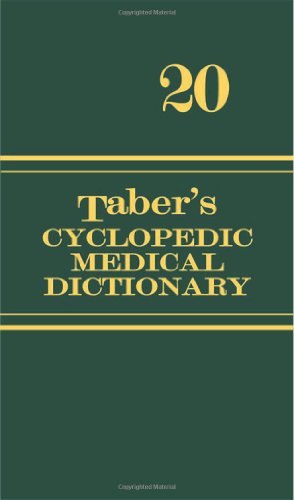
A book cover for Taber's Cyclopedic Medical Dictionary: 20th Edition (Thumb Index); Medical Books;